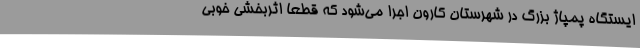
ایستگاه پمپاژ بزرگ در شهرستان کارون اجرا می‌شود که قطعا اثربخشی خوبی